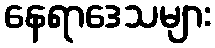
နေရာဒေသများ